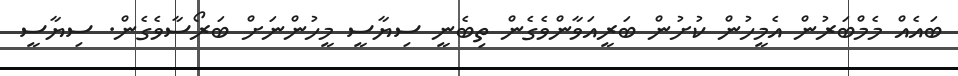
ބައެއް މެމްބަރުން އެމީހުން ކުށުން ބަރީއަވާންވެގެން ތިބެނީ ސިޔާސީ މީހުންނަށް ބަރޯސާވެގެން. ސިޔާސީ